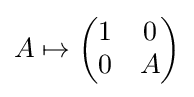
A\mapsto {\begin{pmatrix}1&0\\0&A\\\end{pmatrix}}